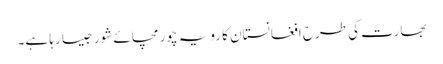
بھارت کی طرح افغانستان کا رویہ چور مچائے شور جیسا رہا ہے۔